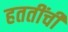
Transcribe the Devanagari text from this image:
हततींची